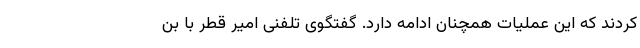
کردند که این عملیات همچنان ادامه دارد. گفتگوی تلفنی امیر قطر با بن